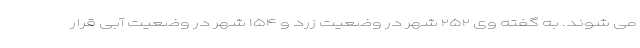
می شوند. به گفته وی ۲۵۲ شهر در وضعیت زرد و ۱۵۴ شهر در وضعیت آبی قرار